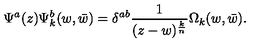
\Psi ^ { a } ( z ) \Psi _ { k } ^ { b } ( w , \bar { w } ) = \delta ^ { a b } { \frac { 1 } { ( z - w ) ^ { \frac { k } { n } } } } \Omega _ { k } ( w , \bar { w } ) .